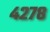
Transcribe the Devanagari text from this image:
४२७८